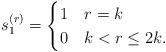
LaTeX: \begin{align*}s_1^{(r)}=\begin{cases}1 & r=k \\0 & k<r\le 2k.\end{cases}\end{align*}